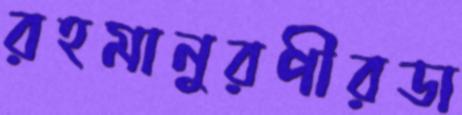
রহমানুরপীরডা